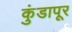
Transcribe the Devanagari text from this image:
कुंडापूर